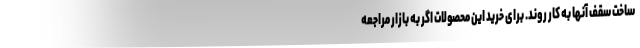
ساخت سقف آنها به کار روند. برای خرید این محصولات اگر به بازار مراجعه